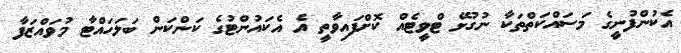
އެކުންފުނީގެ މަސައްކަތްތަކާ ނުގުޅޭ ޓްވީޓެއް ކޮށްފައިވާތީ އެ އެކައުންޓުގެ ކަންކަން ބަލަހައްޓާ މުވައްޒަފާ